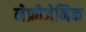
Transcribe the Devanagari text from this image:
नेफ्रोजेनिक